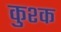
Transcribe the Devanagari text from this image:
कुश्क